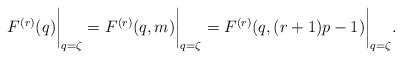
\begin{align*}F^{(r)}(q)\biggr\rvert_{q=\zeta} = F^{(r)}(q,m)\biggr\rvert_{q=\zeta} = F^{(r)}(q,(r+1)p-1)\biggr\rvert_{q=\zeta}.\end{align*}